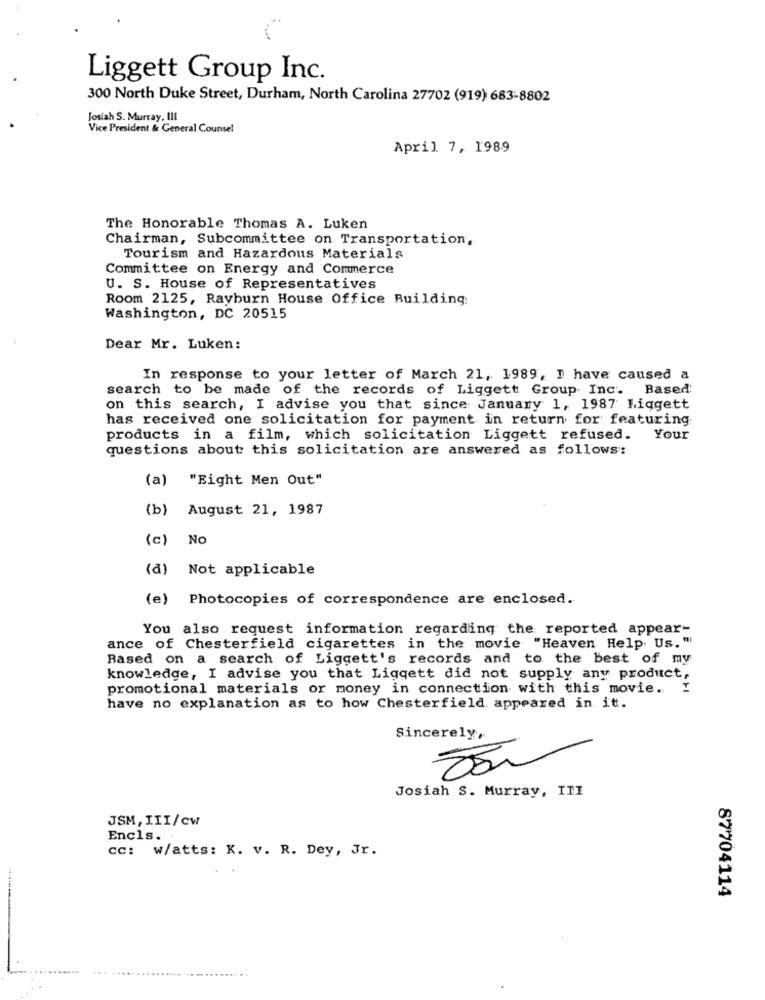
Liggett Group Inc.
300 North Duke Street, Durham, North Carolina 27702 (919) 683-8802
Josiah S. Murray, III
Vice President & General Counsel
April 7, 1989
The Honorable Thomas A. Luken
Chairman, Subcommittee on Transportation,
Tourism and Hazardous Materials
Committee on Energy and Commerce
U. S. House of Representatives
Room 2125, Rayburn House Office Building:
Washington, DC 20515
Dear Mr. Luken:
In response to your letter of March 21, 1989, I have caused a
search to be made of the records of Liggett Group Inc. Based:
on this search, I advise you that since January 1, 1987 Liggett
has received one solicitation for payment in return for featuring
products in a film, which solicitation Liggett refused.
Your
questions about this solicitation are answered as follows:
(a) "Eight Men Out"
(b) August 21, 1987
(c)
No
(a)
Not applicable
(e) Photocopies of correspondence are enclosed.
You also request information regarding the reported appear-
ance of Chesterfield cigarettes in the movie "Heaven Help Us."
Based on a search of Liggett's records and to the best of my
knowledge, I advise you that Liggett did not supply any product,
promotional materials or money in connection with this movie. I
have no explanation as to how Chesterfield. appeared in it.
Sincerely,
Josiah S. Murray, ITI
JSM, III/cw
Encls.
cc: w/atts: K. v. R. Dey, Jr.
87704114
....